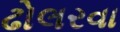
ઢોલરવા